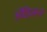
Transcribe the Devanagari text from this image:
ॲडिसन